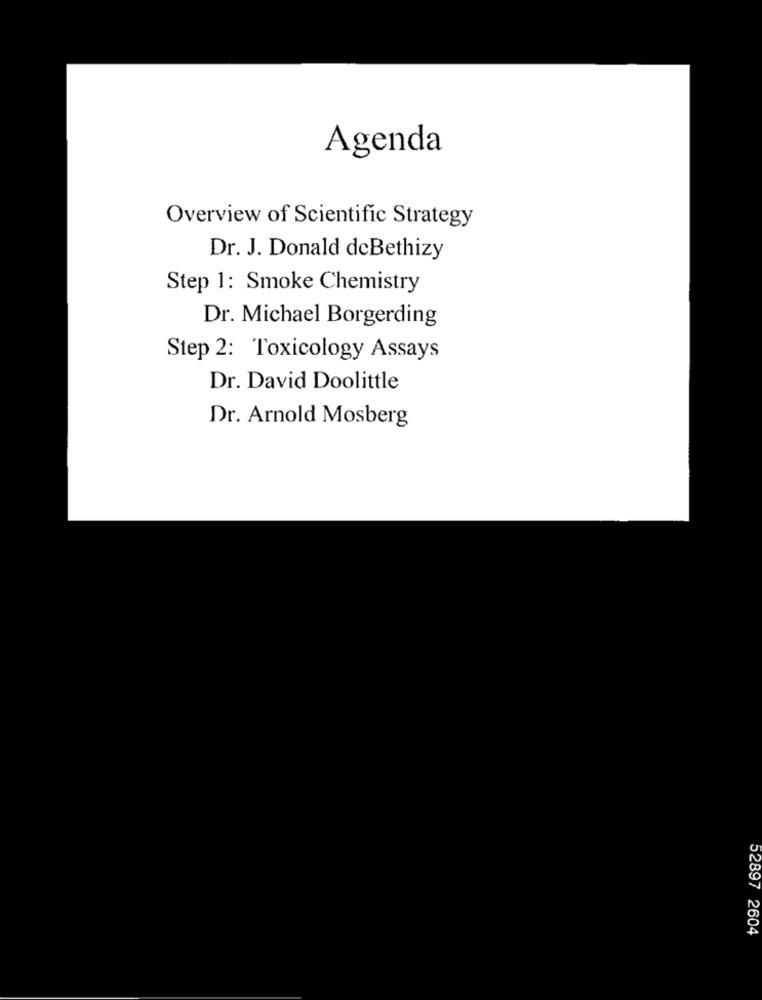
Agenda
Overview of Scientific Strategy
Dr. J. Donald deBethizy
Step 1: Smoke Chemistry
Dr. Michael Borgerding
Step 2: Toxicology Assays
Dr. David Doolittle
Dr. Arnold Mosberg
52897 2604